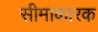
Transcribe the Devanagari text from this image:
सीमाकारक